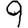
Digit: 9